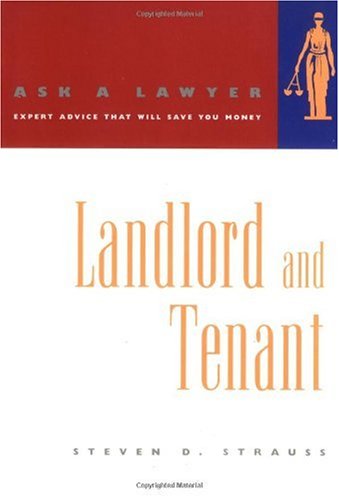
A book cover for Landlord and Tenant (Ask a Lawyer); Steven D. Strauss; Law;